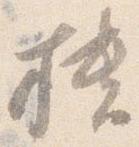
櫃